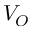
V _ { O }